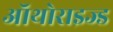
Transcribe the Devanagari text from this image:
ऑथोराइज्ड